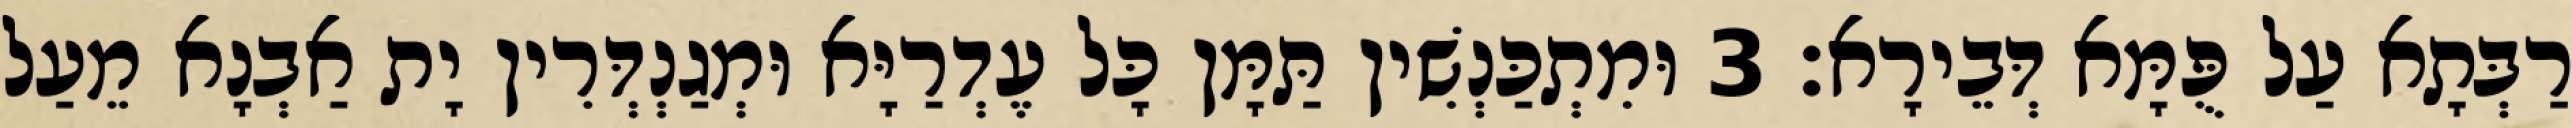
רַבְּתָא עַל פֻּמָּא דְּבֵירָא׃ 3 וּמִתְכַּנְשִׁין תַּמָּן כָּל עֶדְרַיָּא וּמְגַנְדְּרִין יָת אַבְנָא מֵעַל